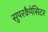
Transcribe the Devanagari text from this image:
सुपरकैपेसिटर